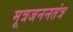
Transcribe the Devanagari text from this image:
मूत्रजननतंत्र